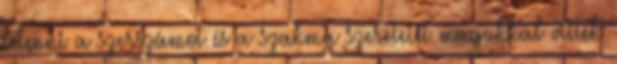
letenni a szerszámot és a szakma szeretetét magukkal vitték